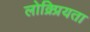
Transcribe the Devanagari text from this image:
लोक्र्प्रियता